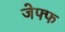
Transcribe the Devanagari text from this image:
जेफ्फ